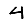
Digit: 4